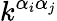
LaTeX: k^{\alpha_{i}\alpha_{j}}